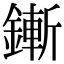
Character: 鏩